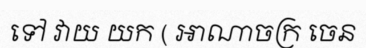
ទៅ វាយ យក ( អាណាចក្រ ចេន